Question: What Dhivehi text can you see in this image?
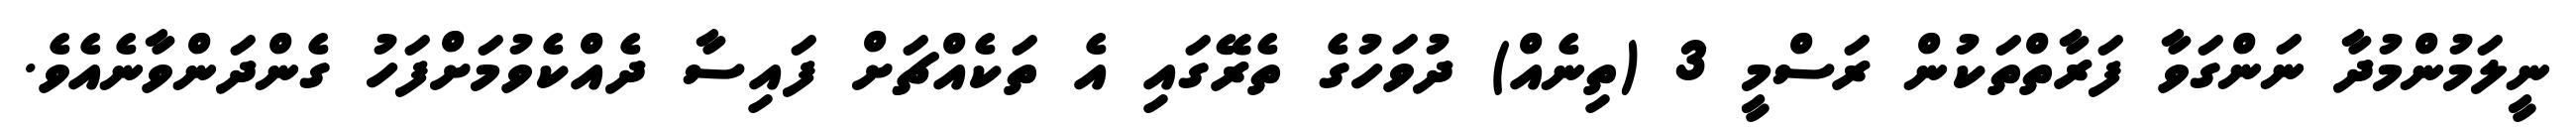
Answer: ނީލަމުންމުދާ ނަންގަވާ ފަރާތްތަކުން ރަސްމީ 3 (ތިނެއް) ދުވަހުގެ ތެރޭގައި އެ ތަކެއްޗަށް ފައިސާ ދެއްކެވުމަށްފަހު ގެންދަންވާނެއެވެ.